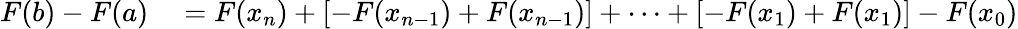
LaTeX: \begin{array}{rl}{F(b)-F(a)}&{{}=F(x_{n})+[-F(x_{n-1})+F(x_{n-1})]+\cdots+[-F(x_{1})+F(x_{1})]-F(x_{0})}\end{array}